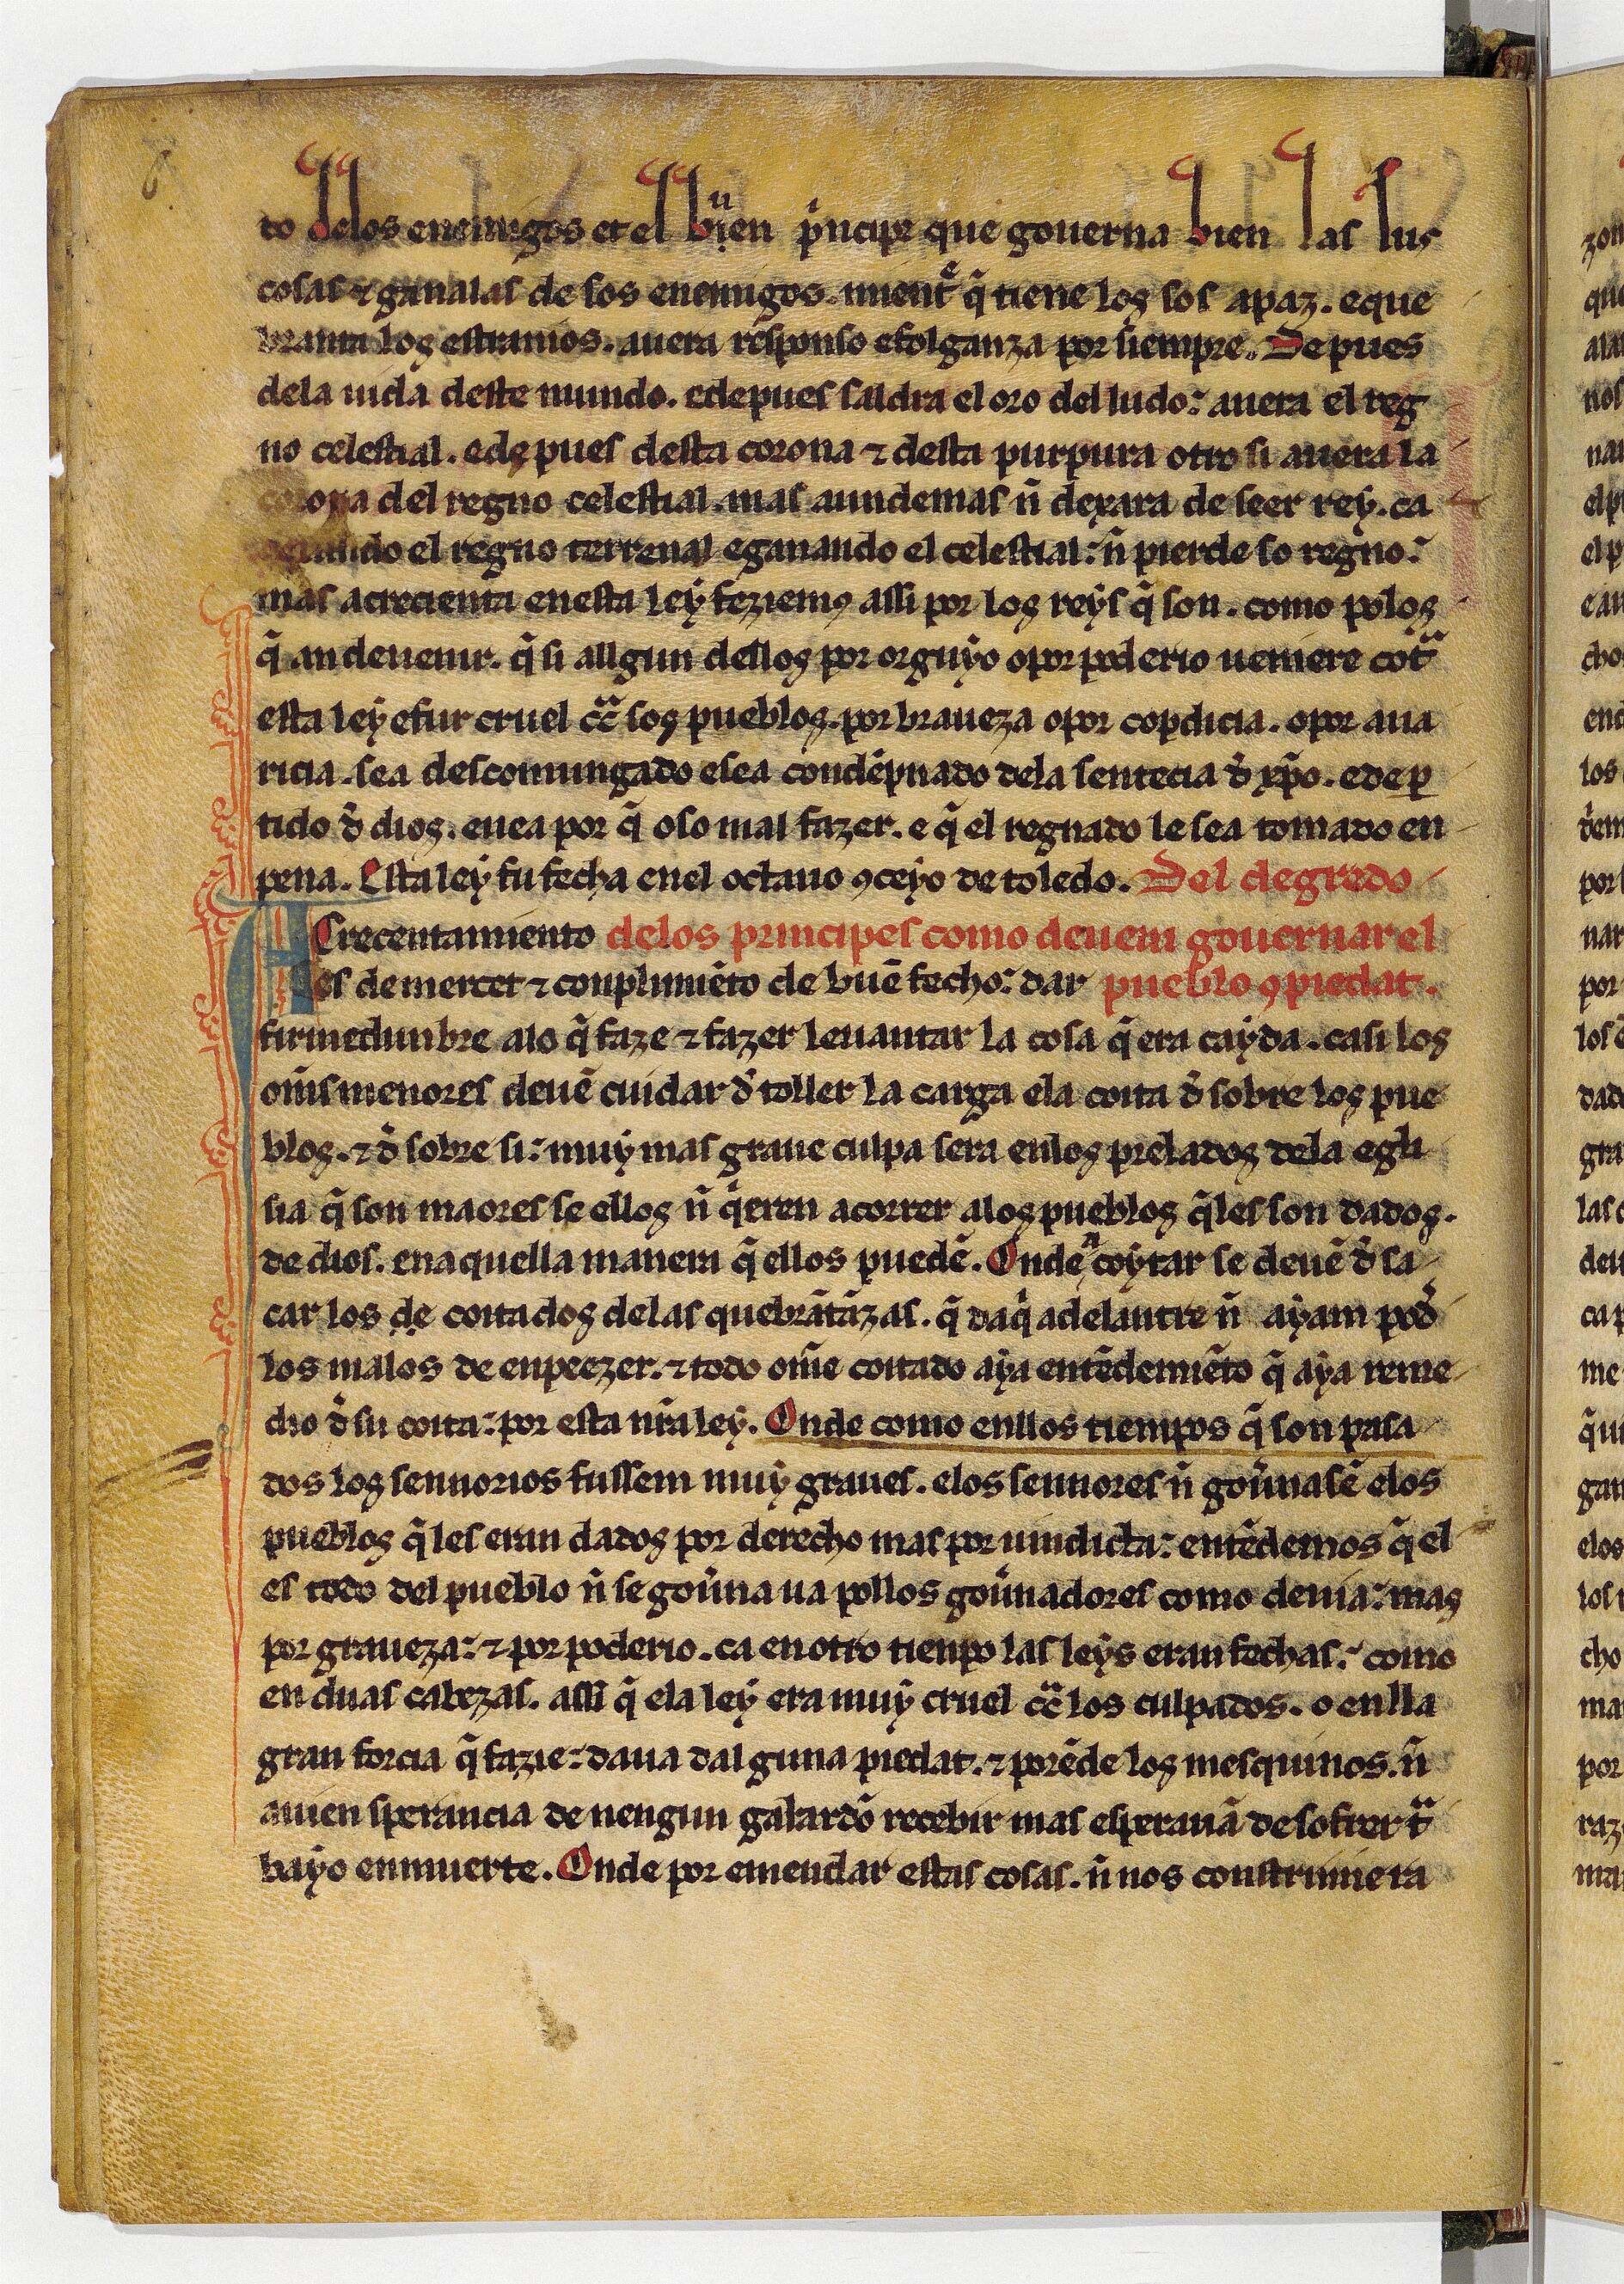
Shelfmark: Paris, BnF, esp. 256
Century: 13